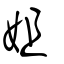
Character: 姐